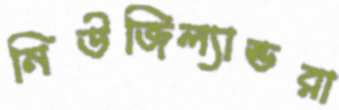
নিউজিল্যান্ডরা